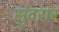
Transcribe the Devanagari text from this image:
सुंदरार